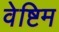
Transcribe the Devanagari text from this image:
वेष्टिम